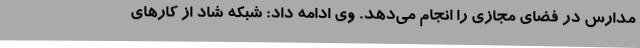
مدارس در فضای مجازی را انجام می‌دهد. وی ادامه داد: شبکه شاد از کارهای